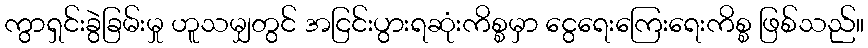
ကွာရှင်းခွဲခြမ်းမှု ဟူသမျှတွင် အငြင်းပွားရဆုံးကိစ္စမှာ ငွေရေးကြေးရေးကိစ္စ ဖြစ်သည်။